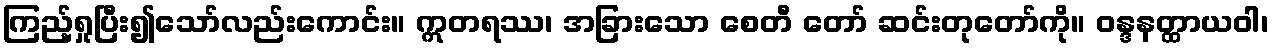
ကြည့်ရှုပြီး၍သော်လည်းကောင်း။ ဣတရဿ၊ အခြားသော စေတီ တော် ဆင်းတုတော်ကို။ ဝန္ဒနတ္ထာယဝါ၊